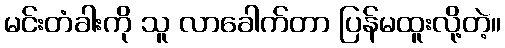
မင်းတံခါးကို သူ လာခေါက်တာ ပြန်မထူးလို့တဲ့။